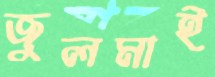
জুলমাই